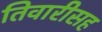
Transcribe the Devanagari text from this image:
तिवारीसह